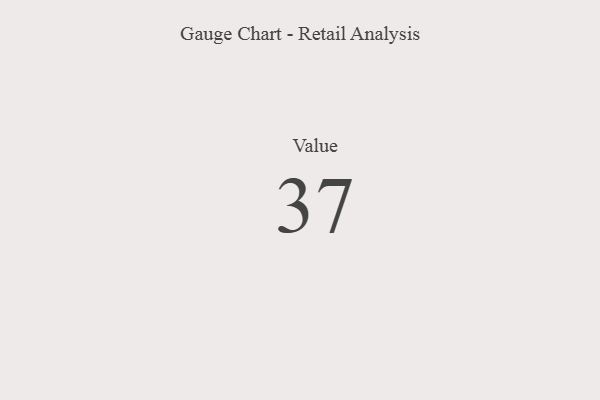
{"axis": {"x": "Metric", "y": "Value"}, "legend": [""], "data": [{"x": "Value", "y": 37, "type": ""}]}